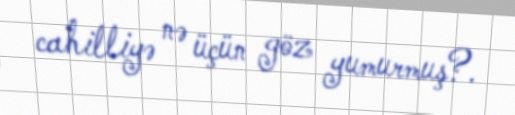
cahilliyə nə üçün göz yumurmuş?.